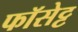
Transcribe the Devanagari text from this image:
फॉसेट्ट